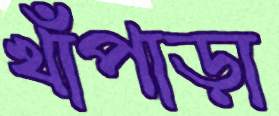
খাঁপাড়া